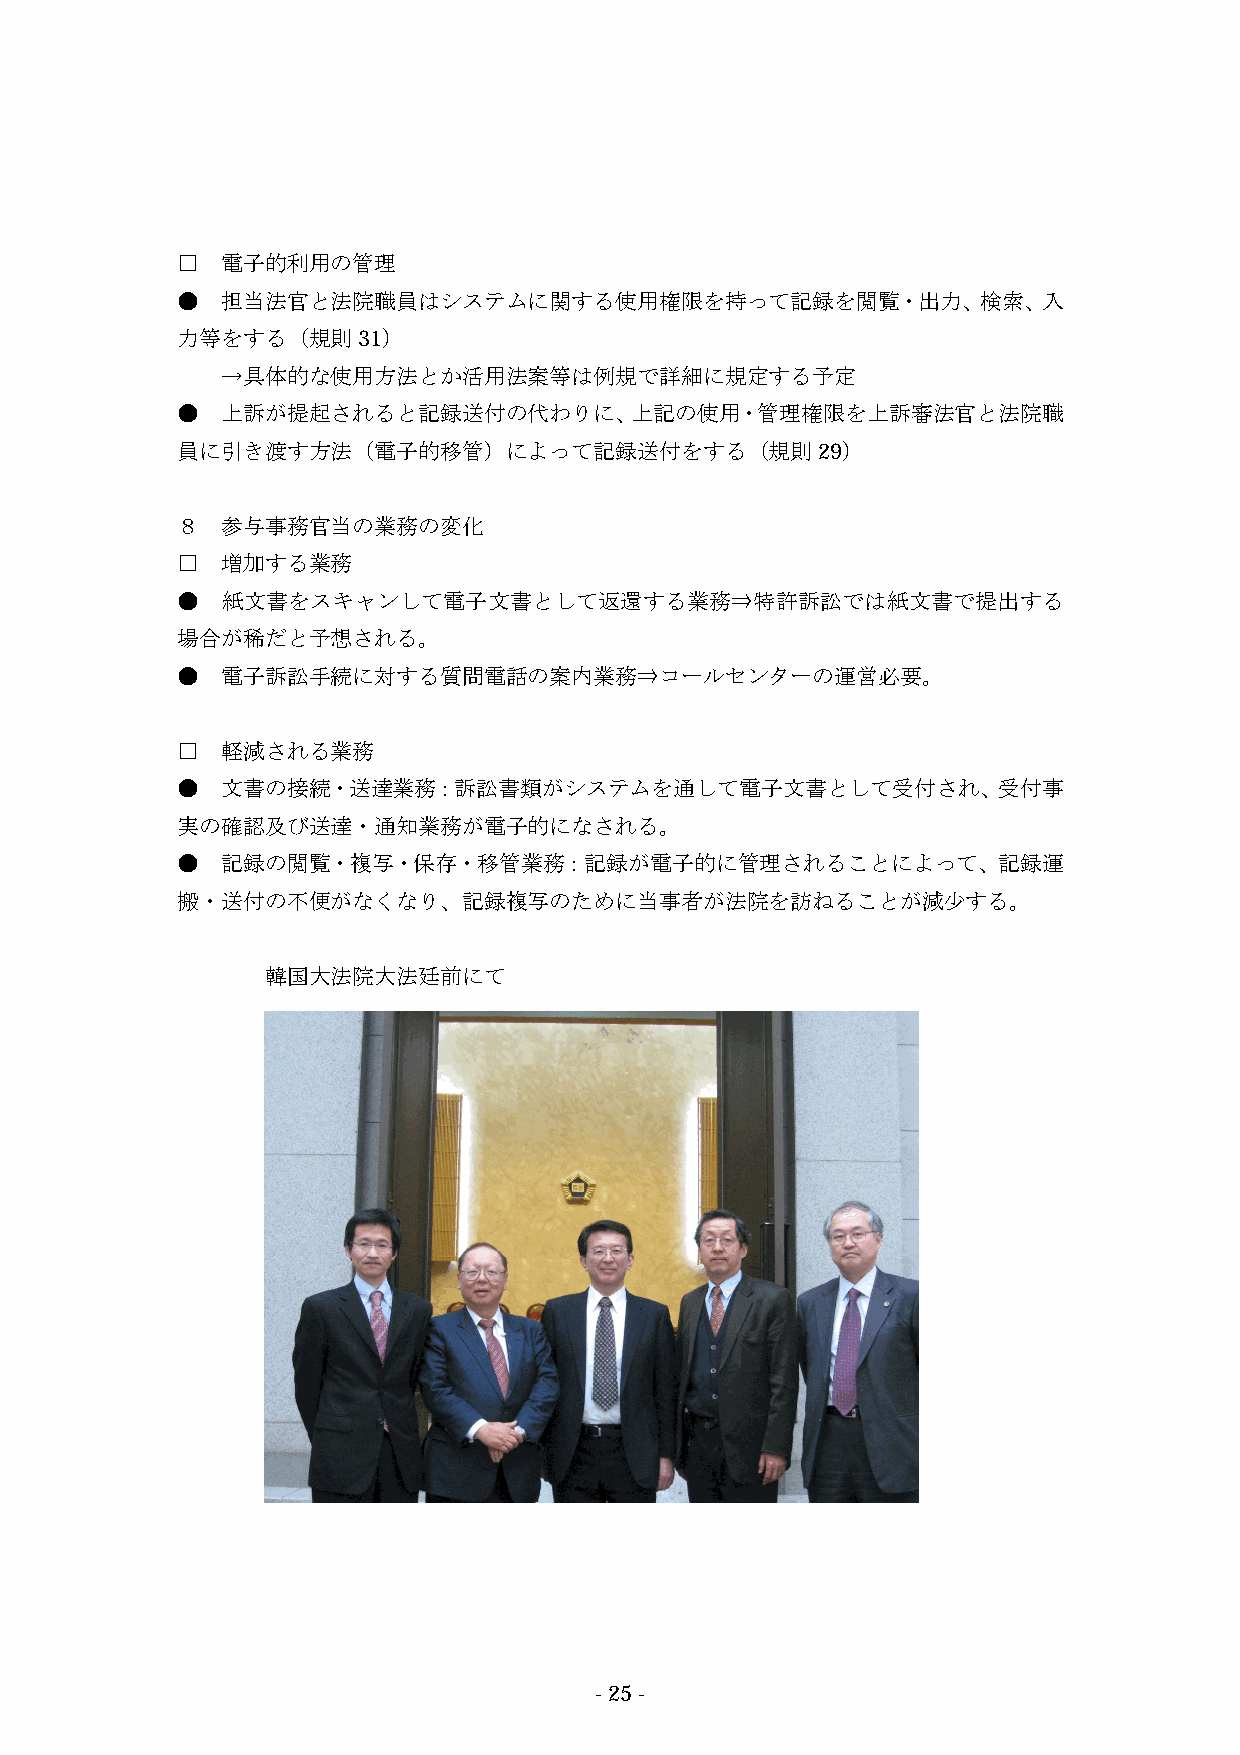
□  電子的利用の管理
 ●  担当法官と法院職員はシステムに関する使用権限を持って記録を閲覧・出力、検索、入
 力等をする（規則31）
 →具体的な使用方法とか活用法案等は例規で詳細に規定する予定
 ●  上訴が提起されると記録送付の代わりに、上記の使用・管理権限を上訴審法官と法院職
 員に引き渡す方法（電子的移管）によって記録送付をする（規則29）
 ８  参与事務官当の業務の変化
 □  増加する業務
 ●  紙文書をスキャンして電子文書として返還する業務⇒特許訴訟では紙文書で提出する
 場合が稀だと予想される。
 ●  電子訴訟手続に対する質問電話の案内業務⇒コールセンターの運営必要。
 □  軽減される業務
 ●  文書の接続・送達業務：訴訟書類がシステムを通して電子文書として受付され、受付事
 実の確認及び送達・通知業務が電子的になされる。
 ●  記録の閲覧・複写・保存・移管業務：記録が電子的に管理されることによって、記録運
 搬・送付の不便がなくなり、記録複写のために当事者が法院を訪ねることが減少する。
 韓国大法院大法廷前にて
 -25-